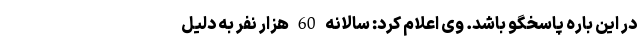
در این باره پاسخگو باشد. وی اعلام کرد: سالانه 60 هزار نفر به دلیل